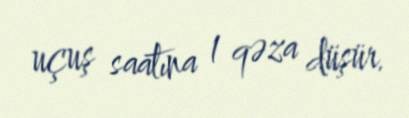
uçuş saatına 1 qəza düşür.